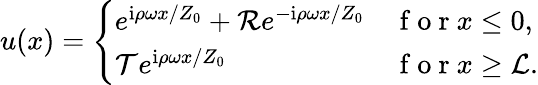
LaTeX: u(x)=\left\{ \begin{array}{ll}{e^{\mathrm{i}\rho\omega x/Z_{0}}+\mathcal{R}e^{-\mathrm{i}\rho\omega x/Z_{0}}}&{\mathrm{~f~o~r~}x\leq 0,}\\ {\mathcal{T}e^{\mathrm{i}\rho\omega x/Z_{0}}}&{\mathrm{~f~o~r~}x\geq\mathcal{L}.}\end{array}\right.